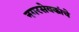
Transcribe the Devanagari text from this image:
नगरसेवकांचे